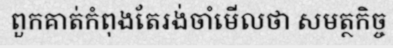
ពួកគាត់កំពុងតែរង់ចាំមើលថា សមត្ថកិច្ច